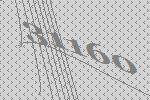
31160